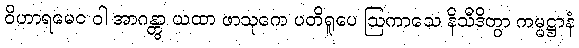
ဝိဟာရမေဝ ဝါ အာဂန္တွာ ယထာ ဖာသုကေ ပတိရူပေ ဩကာသေ နိသီဒိတွာ ကမ္မဋ္ဌာနံ